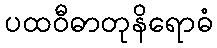
ပထဝီဓာတုနိရောဓံ